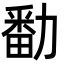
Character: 勫